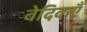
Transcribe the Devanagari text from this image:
वेदिकएँ